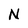
Character: N